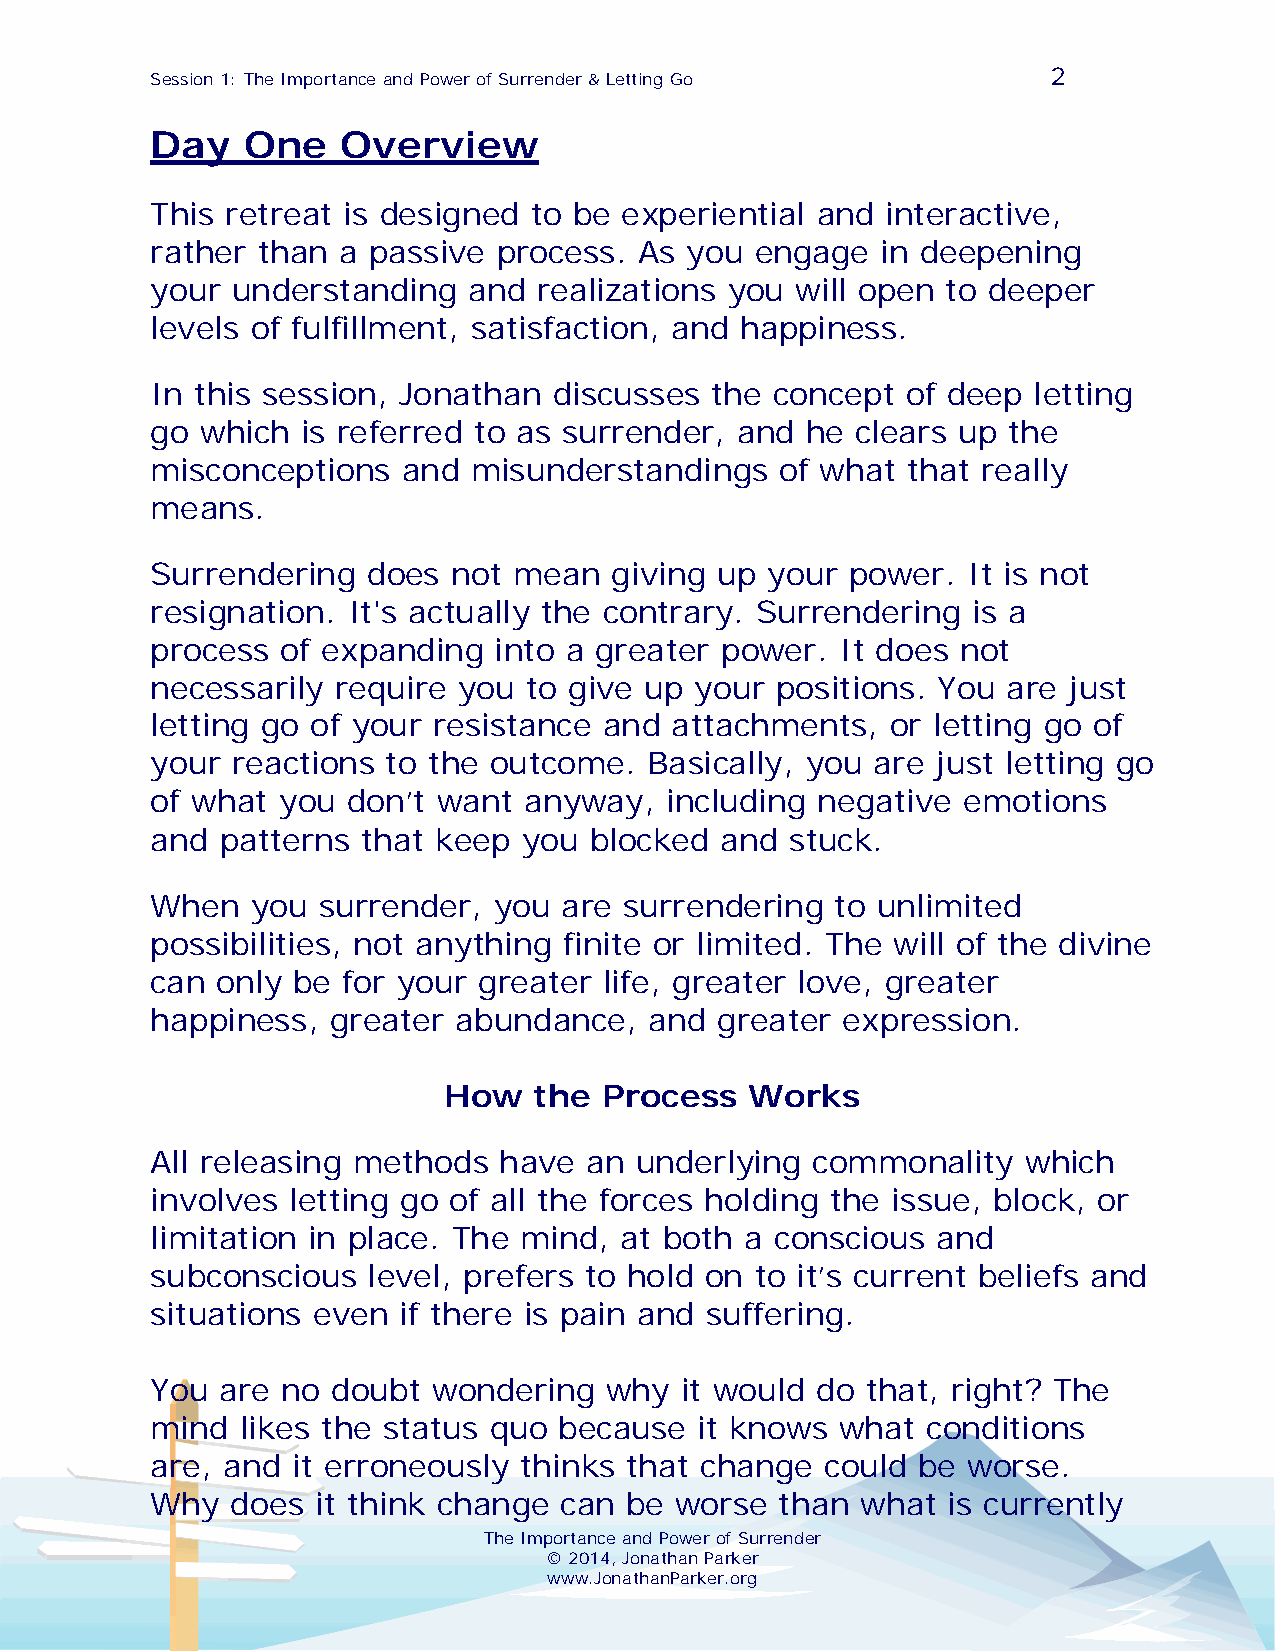
2
 Session 1: The Importance and Power of Surrender & Letting Go
 Day   One    Overview
 This retreat is designed to be experiential and  interactive,
 rather than a passive  process. As you  engage  in deepening
 your understanding   and  realizations you will open to deeper
 levels of fulfillment, satisfaction, and happiness.
 In this session, Jonathan  discusses the concept  of deep letting
 go which  is referred to as surrender, and he  clears up the
 misconceptions   and misunderstandings    of what that really
 means.
 Surrendering  does  not mean  giving up  your power.  It is not
 resignation. It's actually the contrary. Surrendering is a
 process  of expanding  into a greater power.  It does not
 necessarily require you  to give up your positions. You  are just
 letting go of your resistance and attachments,   or letting go of
 your reactions  to the outcome.  Basically, you are just letting go
 of what you  don’t want  anyway,  including negative  emotions
 and  patterns that keep  you blocked  and stuck.
 When   you surrender,  you are surrendering  to unlimited
 possibilities, not anything finite or limited. The will of the divine
 can only be  for your greater life, greater love, greater
 happiness,  greater abundance,   and  greater expression.
 How   the  Process   Works
 All releasing methods  have  an underlying  commonality   which
 involves letting go of all the forces holding the issue, block, or
 limitation in place. The mind, at both a conscious  and
 subconscious  level, prefers to hold on to it’s current beliefs and
 situations even if there is pain and suffering.
 You are  no doubt  wondering  why  it would do that, right? The
 mind  likes the status quo because  it knows  what conditions
 are, and it erroneously thinks that change   could be worse.
 Why  does  it think change can be  worse  than what  is currently
 The Importance and Power of Surrender
 © 2014, Jonathan Parker
 www.JonathanParker.org